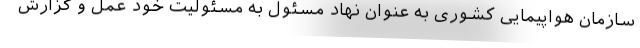
سازمان هواپیمایی کشوری به عنوان نهاد مسئول به مسئولیت خود عمل و گزارش